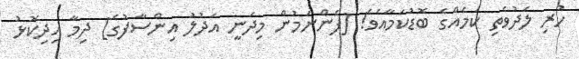
ހުރި ލަދުވެތި ކަމެއްގެ ބޮޑުކަމާއެވެ! [ފެންނަމުން މިދަނީ އަދުލު އިންސާފުގެ] ދިމާ އިދިކޮޅު